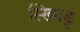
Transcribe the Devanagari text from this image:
स्ख्मिड्ट